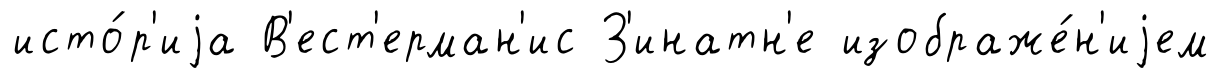
исто́р'иjа В'ест'ерман'ис З'инатн'е изображе́н'иjем